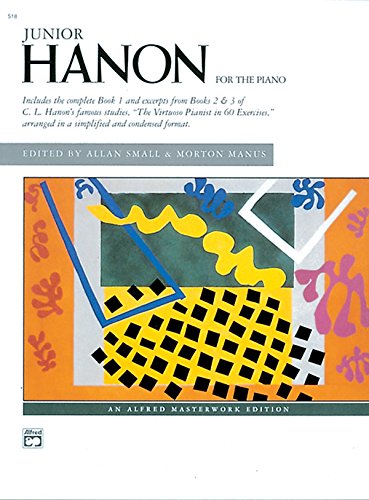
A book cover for Junior Hanon (Alfred Masterwork Edition); Charles-Louis Hanon; Arts & Photography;